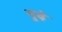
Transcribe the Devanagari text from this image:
मूढे़